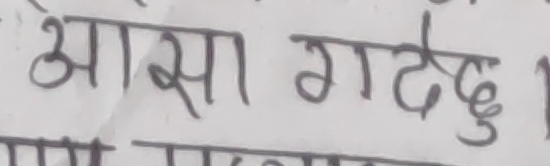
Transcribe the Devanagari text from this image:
आसा गदछु ।